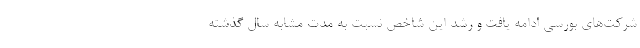
شرکت‌های بورسی ادامه یافت و رشد این شاخص نسبت به مدت مشابه سال گذشته